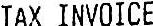
TAX INVOICE